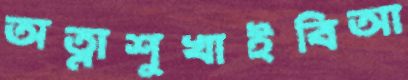
অত্নাশুখাইবিআ